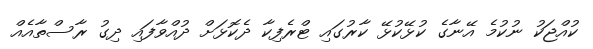
ކުއްޖަކު ނުކުމެ އޭނާގެ ކުޅޭކުޅޭ ކާރުގައި ޓްރެފިކާ ދެކޮޅަށް ދުއްވާފައި ދިގު ރާސްތާއެއް